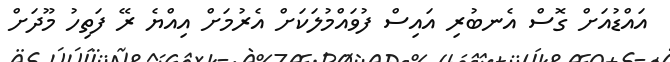
އައްޑުއަށް ގޮސް އެނބުރި އައިސް ފުވައްމުލަކަށް އެރުމަށް އިއްޔެ ރޭ ފަތިހު މޫދަށް